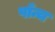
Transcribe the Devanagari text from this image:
पाँन्च